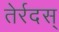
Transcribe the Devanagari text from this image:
तेर्रदस्